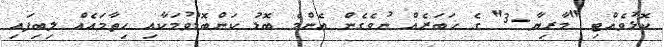
ކޮޅުވެއްޓި "މާރިޔާ-3" ގެ ޚަބަރެއް ނުވެގެން އެންމެ ބޮޑު ކަންބޮޑުވުމަކާއި ހިތާމައެއް ލިބިފައި